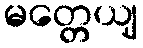
မတ္တေယျ